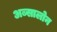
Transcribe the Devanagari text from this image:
अब्सालोन